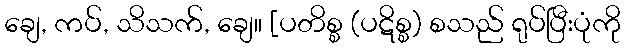
ချေ, ကပ်, သိသက်, ချေ။ [ပတိစ္စ (ပဋိစ္စ) စသည် ရုပ်ပြီးပုံကို